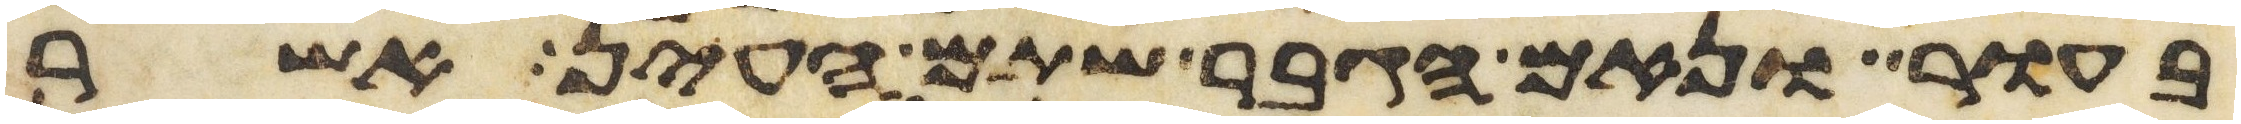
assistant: בעור ונאם הגבר שתם העין אשר